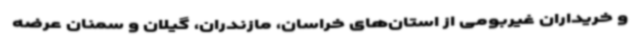
و خریداران غیربومی از استان‌های خراسان، مازندران، گیلان و سمنان عرضه